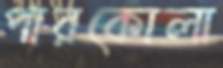
পারকোলা